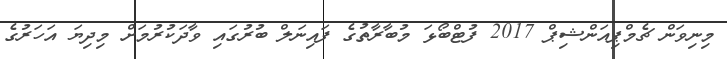
މިނިވަން ޗެމްޕިއަންޝިޕް 2017 ފުޓްބޯޅަ މުބާރާތުގެ ފައިނަލް ބުރުގައި ވާދަކުރުމަށް މިދިޔަ އަހަރުގެ